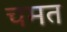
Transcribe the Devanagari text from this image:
चमत